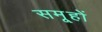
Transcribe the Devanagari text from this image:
समू्हों